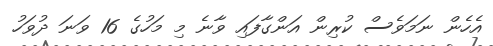
އެހެން ނަމަވެސް ކުރިން އަންގާފައި ވާނެ މި މަހުގެ 16 ވަނަ ދުވަހު